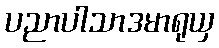
ပညာပါသာဒမာရုယှ